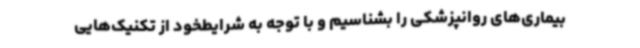
بیماری‌های روانپزشکی را بشناسیم و با توجه به شرایطخود از تکنیک‌هایی